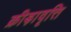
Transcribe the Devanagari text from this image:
क्रीड़ावृत्ति